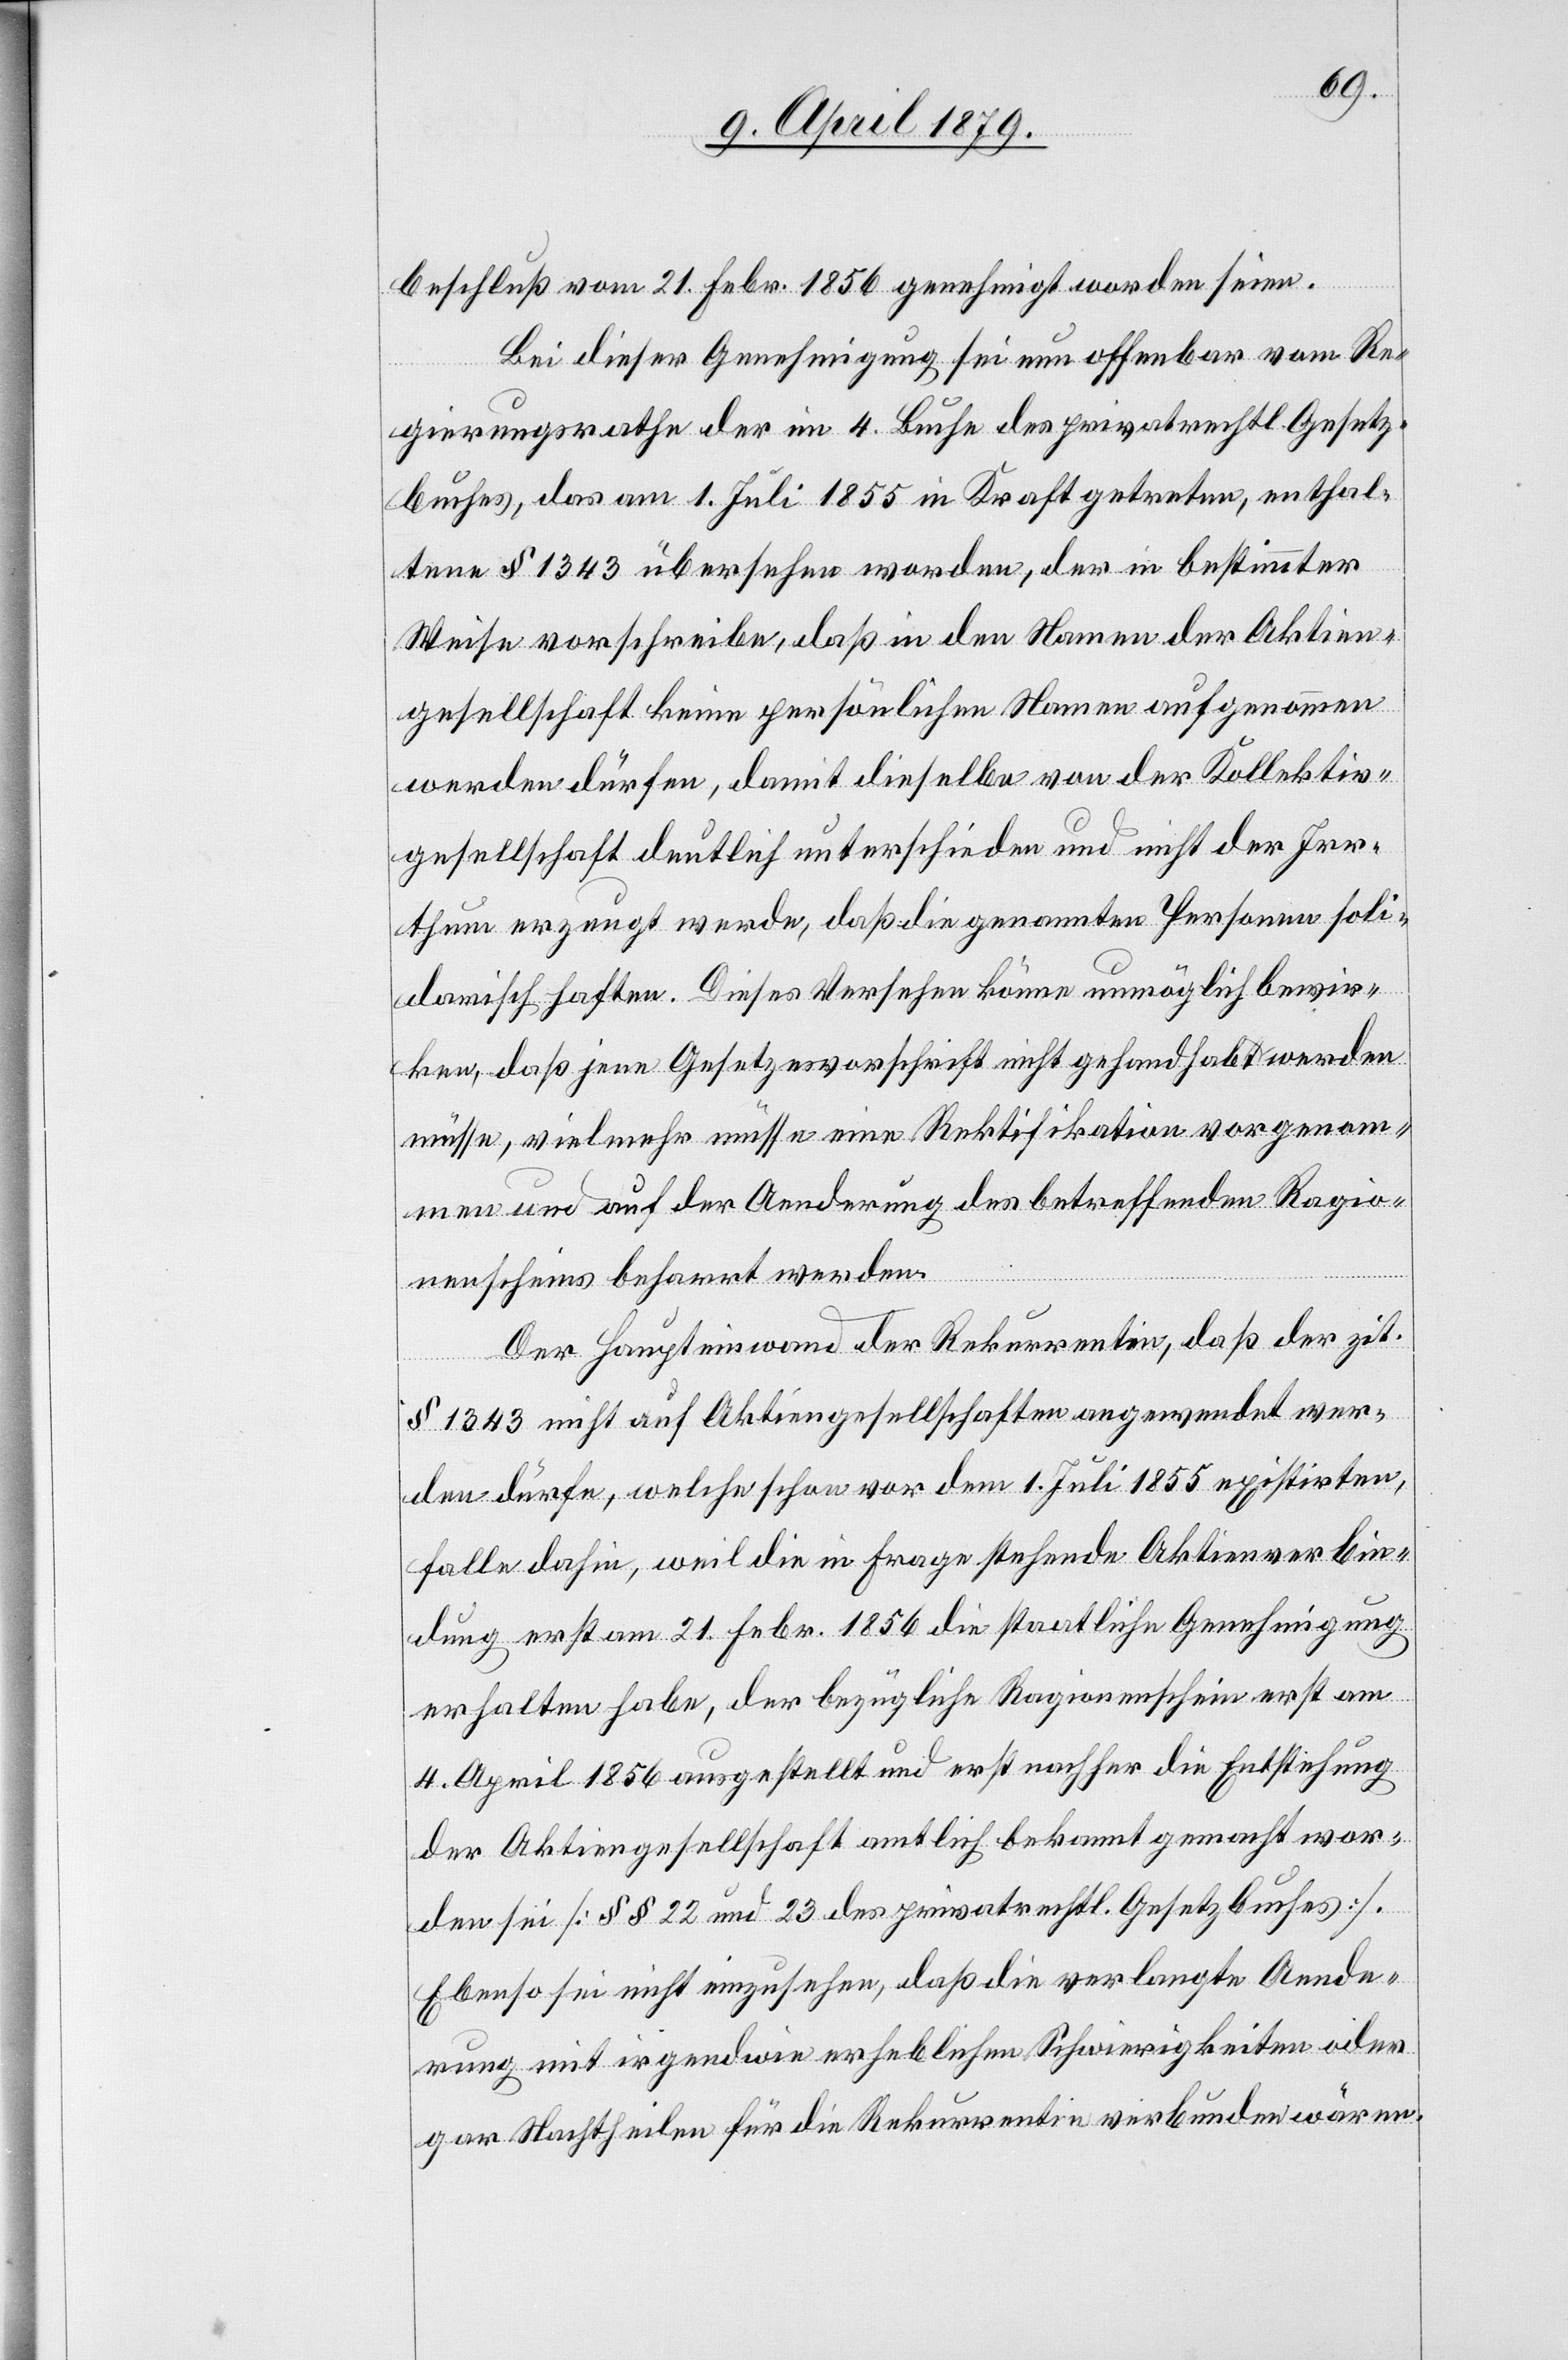
beschluß vom 21. Febr. 1856 genehmigt worden seien.
Bei dieser Genehmigung sei nun offenbar vom Re¬
gierungsrathe der im 4. Buche des privatrechtl. Gesetz¬
buches, das am 1. Juli 1855 in Kraft getreten, enthal¬
tene § 1343 übersehen worden, der in bestimmter
Weise vorschreibe, daß in den Namen der Aktien¬
gesellschaft keine persönlichen Namen aufgenommen
werden dürfen, damit dieselbe von der Kollektiv¬
gesellschaft deutlich unterschieden und nicht der Irr¬
thum erzeugt werde, daß die genannten Personen soli¬
darisch haften. Dieses Versehen könne unmöglich bewir¬
ken, daß jene Gesetzesvorschrift nicht gehandhabt werden
müsse, vielmehr müsse eine Rektifikation vorgenom¬
men und auf der Aenderung des betreffenden Ragio¬
nenscheins beharrt werden.
Der Haupteinwand der Rekurrentin, daß der zit.
§ 1343 nicht auf Aktiengesellschaften angewendet wer¬
den dürfe, welche schon vor dem 1. Juli 1855 existirten,
falle dahin, weil die in Frage stehende Aktienverbin¬
dung erst am 21. Febr. 1856 die staatliche Genehmigung
erhalten habe, der bezügliche Ragionenschein erst am
4. April 1856 ausgestellt und erst nachher die Entstehung
der Aktiengesellschaft amtlich bekannt gemacht wor¬
den sei [§§ 22 und 23 des privatrechtl. Gesetzbuches].
Ebenso sei nicht einzusehen, daß die verlangte Aende¬
rung mit irgendwie erheblichen Schwierigkeiten oder
gar Nachtheilen für die Rekurrentin verbunden wären.